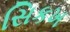
સિકખ